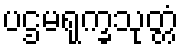
ပဌမရုက္ခသုတ္တံ